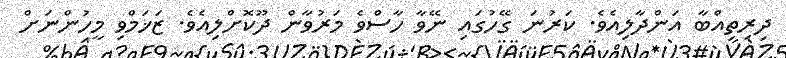
ދިރިތިއްބާ އަންދާލިއެވެ. ކަރުނަ ގޭހުގައި ނޭވާ ހާސްވެ މަރުވާން ދޫކޮށްލިއެވެ. ޒަޚަމްވި މީހުންނަށް